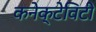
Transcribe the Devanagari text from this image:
कनेक्टेविटी